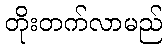
တိုးတက်လာမည်